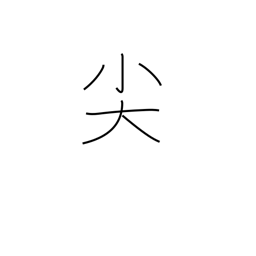
Meaning: be pointed